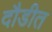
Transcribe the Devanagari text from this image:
दौडीत